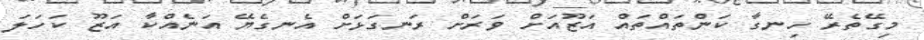
މިގޭތެރޭ ހިނގާ ކަންތައްތައް އަޒޫއަށް ވަރަށް ރަނގަޅަށް އެނގެޔޭ އަނެއްކާ އަޒޫ ކަހަލަ